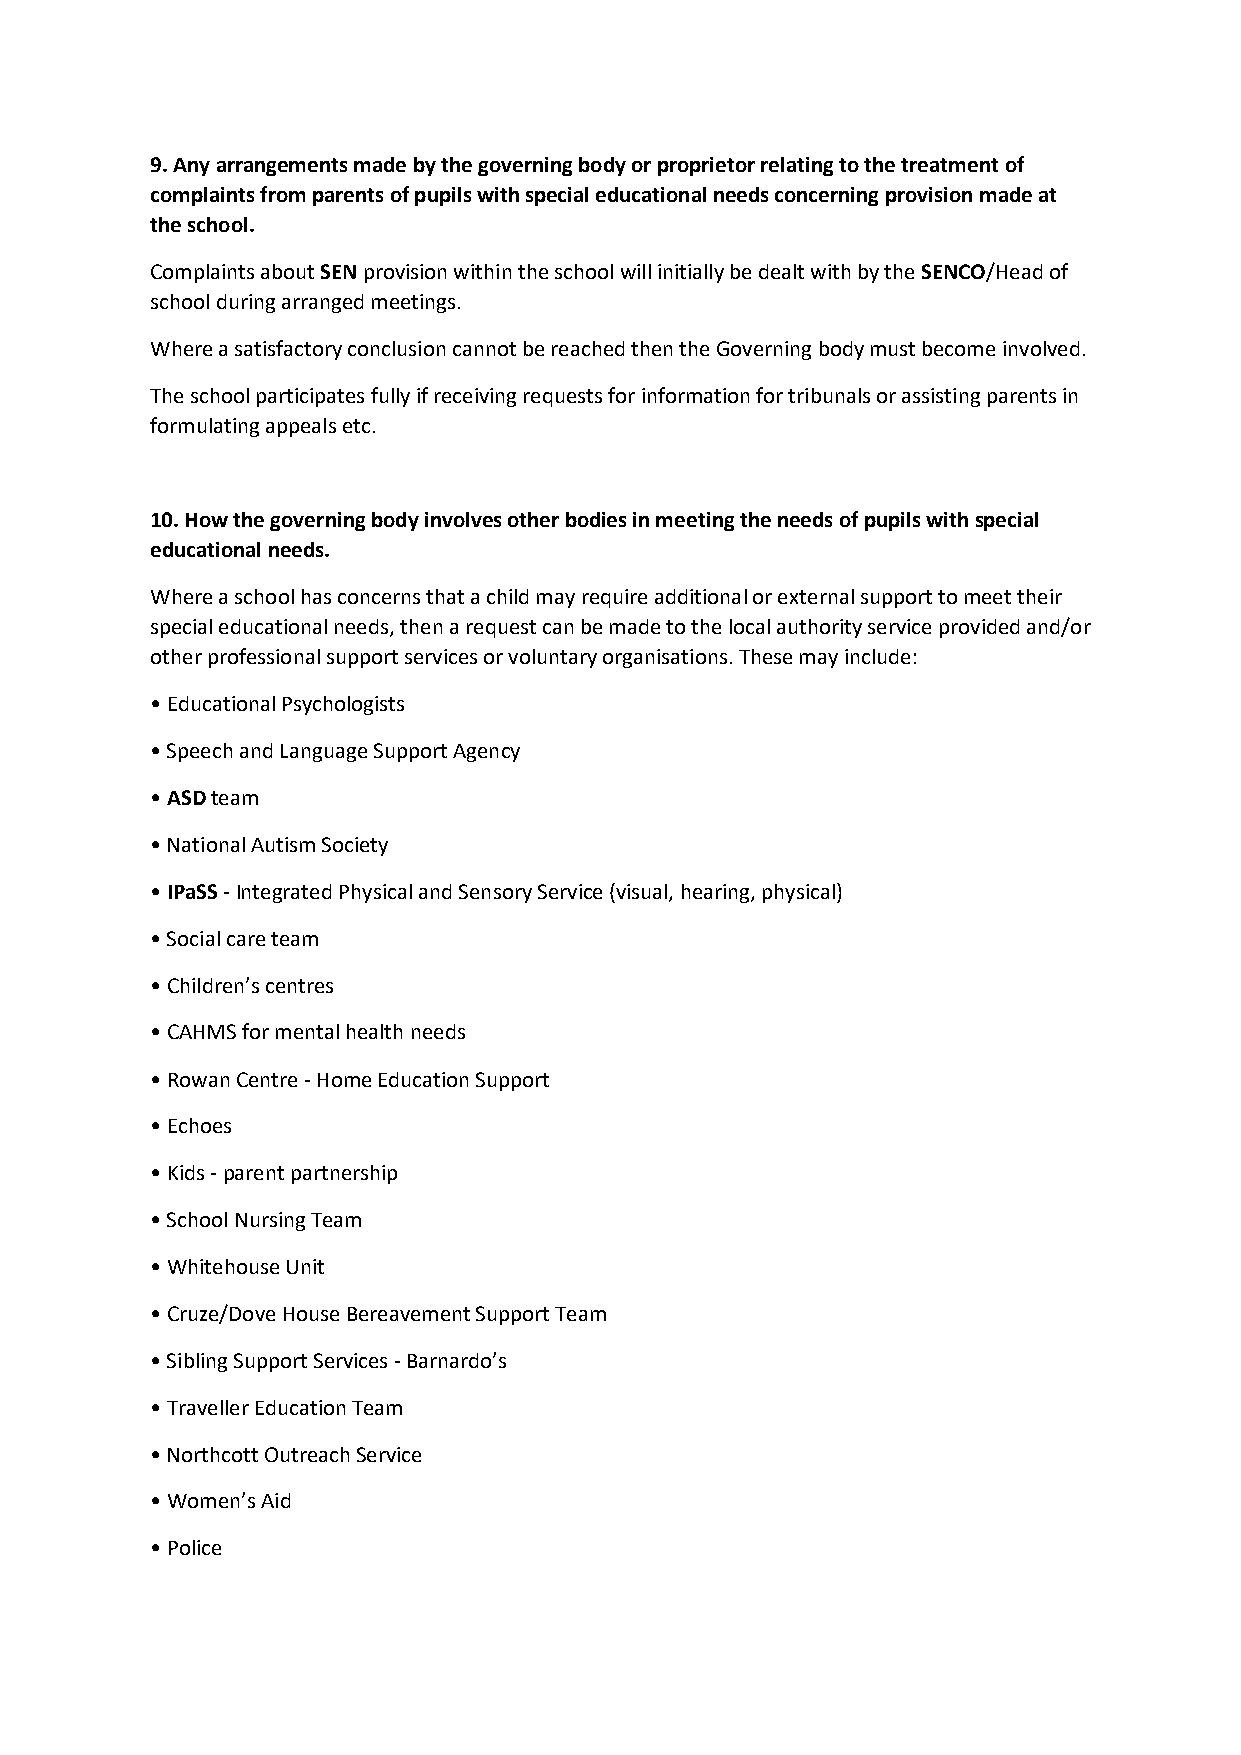
9. Any arrangements made by the governing body or proprietor relating to the treatment of
 complaints from parents of pupils with special educational needs concerning provision made at
 the school.
 Complaints about SEN provision within the school will initially be dealt with by the SENCO/Head of
 school during arranged meetings.
 Where a satisfactory conclusion cannot be reached then the Governing body must become involved.
 The school participates fully if receiving requests for information for tribunals or assisting parents in
 formulating appeals etc.
 10. How the governing body involves other bodies in meeting the needs of pupils with special
 educational needs.
 Where a school has concerns that a child may require additional or external support to meet their
 special educational needs, then a request can be made to the local authority service provided and/or
 other professional support services or voluntary organisations. These may include:
 • Educational Psychologists
 • Speech and Language Support Agency
 • ASD team
 • National Autism Society
 • IPaSS - Integrated Physical and Sensory Service (visual, hearing, physical)
 • Social care team
 • Children’s centres
 • CAHMS for mental health needs
 • Rowan Centre - Home Education Support
 • Echoes
 • Kids - parent partnership
 • School Nursing Team
 • Whitehouse Unit
 • Cruze/Dove House Bereavement Support Team
 • Sibling Support Services - Barnardo’s
 • Traveller Education Team
 • Northcott Outreach Service
 • Women’s Aid
 • Police